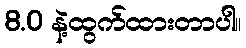
8.0 နဲ့ထွက်ထားတာပါ။